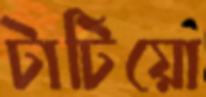
টাটিয়ো